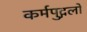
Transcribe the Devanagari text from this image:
कर्मपुद्गलों